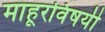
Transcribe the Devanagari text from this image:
माहूरविषयी